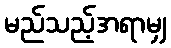
မည်သည့်အရာမျှ